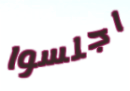
اجلسوا